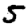
Digit: 5